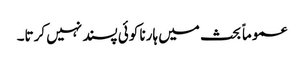
عموماً بحث میں ہارنا کوئی پسند نہیں کرتا۔